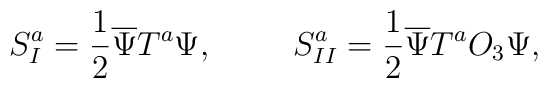
S^a_I = \frac 1 2 \overline \Psi T^a\Psi, \hspace{1cm}    S^a_{II} = \frac 1 2 \overline \Psi T^a O_3\Psi,